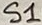
Text: S1